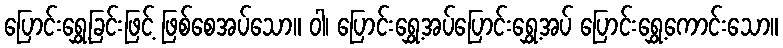
ပြောင်းရွှေ့ခြင်းဖြင့် ဖြစ်စေအပ်သော။ ဝါ၊ ပြောင်းရွှေ့အပ်ပြောင်းရွှေ့အပ် ပြောင်းရွှေ့ကောင်းသော။